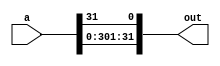
module shift_left_32(
	input[31:0] a, //value to be shifted
	output[31:0] out //output
	);

	//shifts everything left by 1
	assign out[0] = a[31];
	assign out[1] = a[0];
	assign out[2] = a[1];
	assign out[3] = a[2];
	assign out[4] = a[3];
	assign out[5] = a[4];
	assign out[6] = a[5];
	assign out[7] = a[6];
	assign out[8] = a[7];
	assign out[9] = a[8];
	assign out[10] = a[9];
	assign out[11] = a[10];
	assign out[12] = a[11];
	assign out[13] = a[12];
	assign out[14] = a[13];
	assign out[15] = a[14];
	assign out[16] = a[15];
	assign out[17] = a[16];
	assign out[18] = a[17];
	assign out[19] = a[18];
	assign out[20] = a[19];
	assign out[21] = a[20];
	assign out[22] = a[21];
	assign out[23] = a[22];
	assign out[24] = a[23];
	assign out[25] = a[24];
	assign out[26] = a[25];
	assign out[27] = a[26];
	assign out[28] = a[27];
	assign out[29] = a[28];
	assign out[30] = a[29];
	assign out[31] = a[30];

endmodule